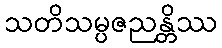
သတိသမ္ပဇညန္တိဿ